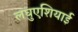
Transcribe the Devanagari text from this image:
लघुएशियाई